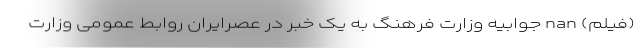
(فیلم) nan جوابیه وزارت فرهنگ به یک خبر در عصرایران روابط عمومی وزارت